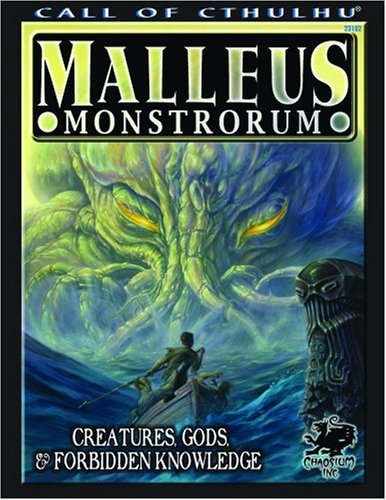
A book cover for Malleus Monstrorum: Creatures, Gods, & Forbidden Knowledge (Call of Cthulhu Horror Roleplaying) (Call of Cthulhu Roleplaying); Scott David Aniolowski; Science Fiction & Fantasy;